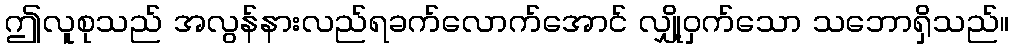
ဤလူစုသည် အလွန်နားလည်ရခက်လောက်အောင် လျှို့ဝှက်သော သဘောရှိသည်။